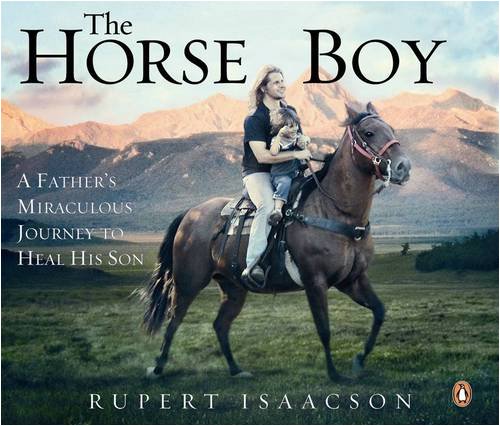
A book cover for Horse Boy: How the Healing Power of Horses Saved a Child; Rupert Isaacson; Travel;